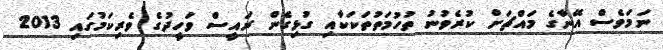
ނަމަވެސް އޭނާގެ މައްޗަށް ކުރެވުނު ތުހުމަތުތަކަކާއި ގުޅިގެން ރައީސް ވަހީދުގެ ވެރިކަމުގައި 2013